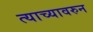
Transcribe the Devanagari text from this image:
त्याच्यावरुन